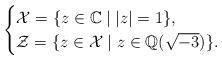
LaTeX: \begin{align*}\begin{cases}\mathcal{X} = \{ z \in \mathbb{C} \mid | z | = 1 \}, \\\mathcal{Z} = \{ z \in \mathcal{X} \mid z \in \mathbb{Q}(\sqrt{-3}) \}.\end{cases}\end{align*}